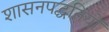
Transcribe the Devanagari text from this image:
शासनपद्धतियों